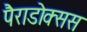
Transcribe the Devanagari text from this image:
पैराडोक्सस